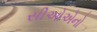
સીઓએનો